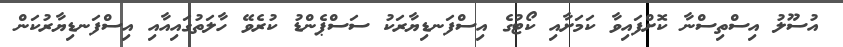
އުސޫލު އިސްތިސްނާ ކޮށްފައިވާ ކަމަށާއި ކޯޓުގެ އިސްފަނޑިޔާރަކު ސަސްޕެންޑު ކުރެވޭ ހާލަތުގައިއާއި އިސްފަނޑިޔާރުކަން